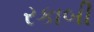
રકાબી